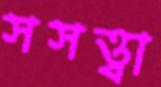
সসত্ত্বা